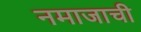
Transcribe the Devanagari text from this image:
नमाजाची